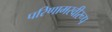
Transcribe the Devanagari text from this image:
परिणामस्वीरूप